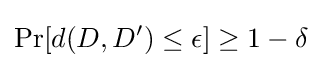
\Pr[d(D,D')\leq \epsilon ]\geq 1-\delta